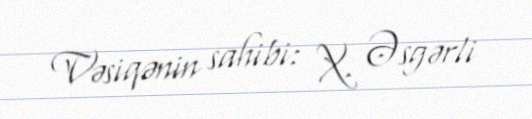
Vəsiqənin sahibi: X. Əsgərli